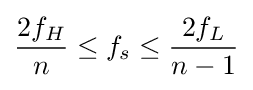
{\frac {2f_{H}}{n}}\leq f_{s}\leq {\frac {2f_{L}}{n-1}}